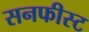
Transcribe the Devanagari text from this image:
सनफीस्ट